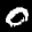
Label: 0